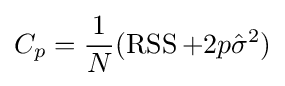
C_{p}={\frac {1}{N}}(\operatorname {RSS} +2p{\hat {\sigma }}^{2})